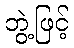
ဘွဲ့ဖြင့်